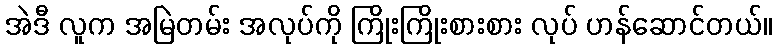
အဲဒီ လူက အမြဲတမ်း အလုပ်ကို ကြိုးကြိုးစားစား လုပ် ဟန်ဆောင်တယ်။